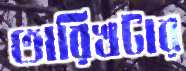
তারিখটার